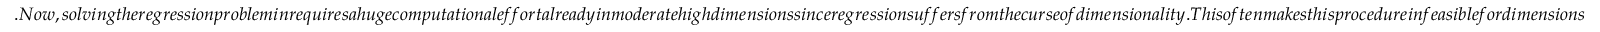
. N o w , s o l v i n g t h e r e g r e s s i o n p r o b l e m i n r e q u i r e s a h u g e c o m p u t a t i o n a l e f f o r t a l r e a d y i n m o d e r a t e h i g h d i m e n s i o n s s i n c e r e g r e s s i o n s u f f e r s f r o m t h e c u r s e o f d i m e n s i o n a l i t y . T h i s o f t e n m a k e s t h i s p r o c e d u r e i n f e a s i b l e f o r d i m e n s i o n s